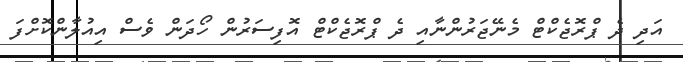
އަދި ދެ ޕްރޮޖެކްޓް މެނޭޖަރުންނާއި ދެ ޕްރޮޖެކްޓް އޮފިސަރުން ހޯދަން ވެސް އިއުލާންކޮށްފަ